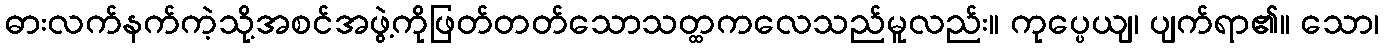
ဓားလက်နက်ကဲ့သို့အစင်အဖွဲ့ကိုဖြတ်တတ်သောသတ္ထကလေသည်မူလည်း။ ကုပ္ပေယျ၊ ပျက်ရာ၏။ သော၊